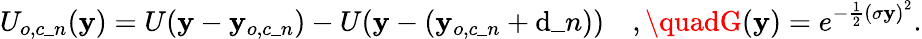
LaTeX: U_{o,c\_ n}(\mathbf{y})=U(\mathbf{y}-\mathbf{y}_{o,c\_ n})-U(\mathbf{y}-(\mathbf{y}_{o,c\_ n}+\mathrm{d}\_ n))\quad,\quadG(\mathbf{y})=e^{-\frac{{1}}{{2}}\left(\sigma\mathbf{y}\right)^{2}}.